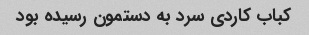
کباب کاردی سرد به دستمون رسیده بود